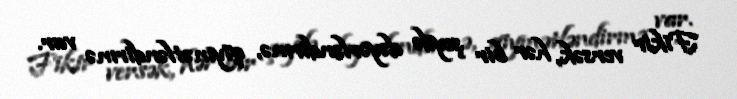
Fikir versək, hər bir şeydə dəyərləndirmə, qiymətləndirmə var.